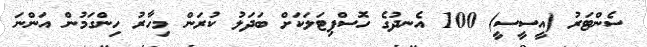
ސެންޓަރު (އީސީސީ) 100 އެނދުގެ ހޮސްޕިޓަލަކަށް ބަދަލު ކުރަން މިހާރު ހިންގަމުން އަންނަ